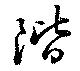
階